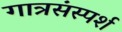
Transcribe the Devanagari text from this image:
गात्रसंस्पर्श